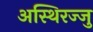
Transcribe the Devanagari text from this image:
अस्थिरज्जु